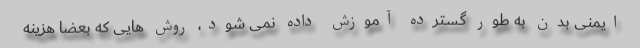
ایمنی بدن به طور گسترده آموزش داده نمی شود، روش هایی که بعضاً هزینه